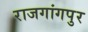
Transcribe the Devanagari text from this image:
राजगांगपुर